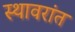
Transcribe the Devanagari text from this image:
स्थावरांत